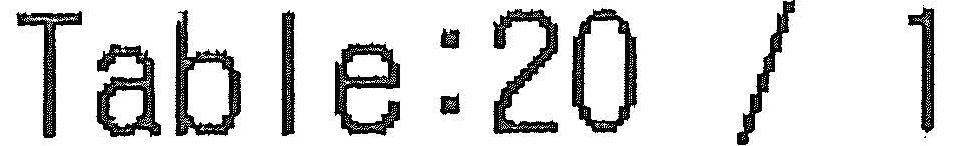
TABLE:20 / 1